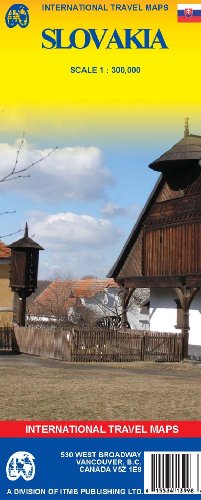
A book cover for Slovakia 1:300,000 Travel Map (Travel Reference Map); ITM Canada; Travel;